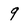
Character: 9